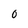
Character: O